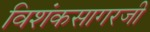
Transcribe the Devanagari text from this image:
विशंकसागरजी